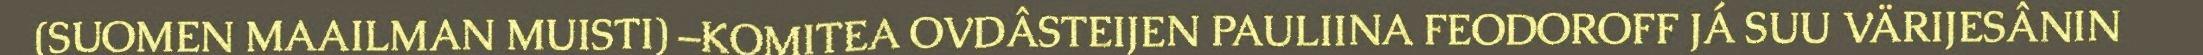
(SUOMEN MAAILMAN MUISTI) –KOMITEA OVDÂSTEIJEN PAULIINA FEODOROFF JÁ SUU VÄRIJESÂNIN